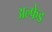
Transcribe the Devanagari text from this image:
अल्फेड